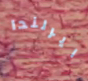
ايرلندا